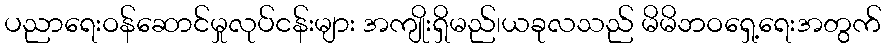
ပညာရေးဝန်ဆောင်မှုလုပ်ငန်းများ အကျိုးရှိမည်၊ယခုလသည် မိမိဘဝရှေ့ရေးအတွက်